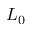
L _ { 0 }